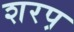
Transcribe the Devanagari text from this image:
शरप़